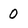
Character: 0